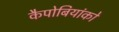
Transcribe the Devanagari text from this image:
कैपोबियांको